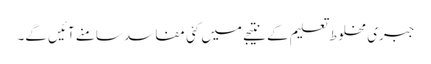
جبری مخلوط تعلیم کے نتیجے میں کئی مفاسد سامنے آئیں گے۔